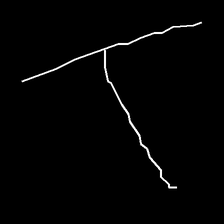
Glyph: column